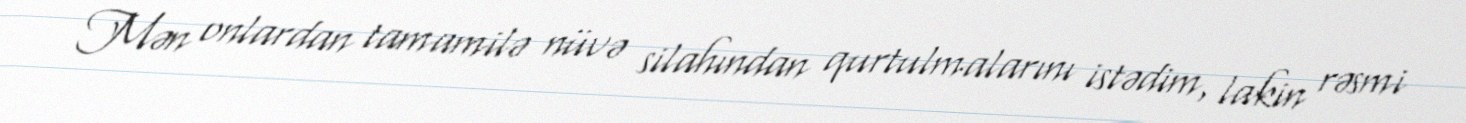
Mən onlardan tamamilə nüvə silahından qurtulmalarını istədim, lakin rəsmi